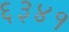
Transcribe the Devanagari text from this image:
६३४१